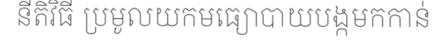
នីតិវិធី ប្រមូលយកមធ្យោបាយបង្កមកកាន់